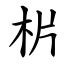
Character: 㭊